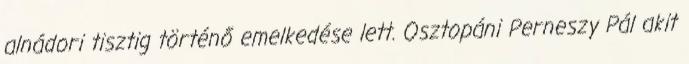
alnádori tisztig történő emelkedése lett. Osztopáni Perneszy Pál akit